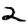
Digit: 2